system: You are a helpful assistant.
user:
Analyze the provided spectrum to determine if it is a **Carbon Star (C-type)**.

- **Key Visual Indicators of Carbon Star:**
    - **(Primary):** Strong molecular absorption from **C₂ (diatomic carbon) "Swan Bands."** This is the **defining feature** of a carbon star.
        - **(Key Bandheads):** Sharp absorption edges are visible at approximately $5635$ Å, $5165$ Å (the strongest band), and $4737$ Å.
        - **(Line Profile):** Creates a distinct **"saw-tooth"** pattern. The key morphology is a sharp, steep bandhead on the **red (long-wavelength) side**, which then gradually tapers off (i.e., flux recovers) towards the **blue (short-wavelength) side**. *(This is the direct opposite of the TiO bands seen in M-type stars)*.

    - **(Secondary):** Intense **CN (cyanogen)** molecular absorption bands.
        - **(Key Bandheads):** Located in the blue and violet regions of the spectrum (e.g., near $4215$ Å and $3883$ Å).
        - **(Morphology):** These bands are extremely broad and act as a "blanket," absorbing the vast majority of blue and violet light. This creates a characteristic **"cliff"** or **"steep drop-off"** in the spectrum's flux at short wavelengths.

    - **(Key Confirmation):** Strong **CH absorption band (G-band)**.
        - **(Key Bandhead):** Located around $4300$ Å. The contribution from CH molecules to this band is exceptionally strong.

    - **(Overall Spectrum):**
        - The continuum is severely "chopped up" by these deep molecular bands, especially C₂, rather than appearing as a smooth curve.
        - Due to the heavy CN and C₂ absorption in the blue-green, the vast majority of the star's flux is concentrated in the red part of the spectrum, giving the star its characteristic deep red color.

Think first, call **spectral_visualization_tool** if needed to examine features in detail, then provide your final answer. Your response must adhere to the following strict rules:
1.  **Overall Structure:** Your response must follow the format `<think>...</think> <tool_call>...</tool_call> (if a tool is used) <answer>...</answer>`.
2.  **Tool Usage Constraint:** You may only make **one** tool call per turn.
3.  **Final Answer Format:** In the `<answer>` tag, your conclusion must be inside a `\boxed{}` command (e.g., `\boxed{YES}`), followed by your justification.

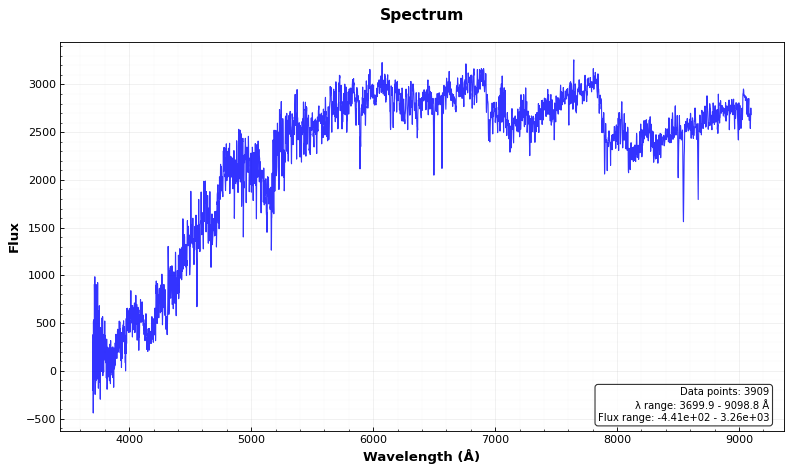
Answer: YES